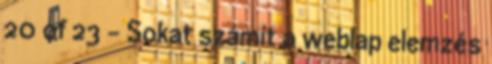
20 of 23 - Sokat számít a weblap elemzés